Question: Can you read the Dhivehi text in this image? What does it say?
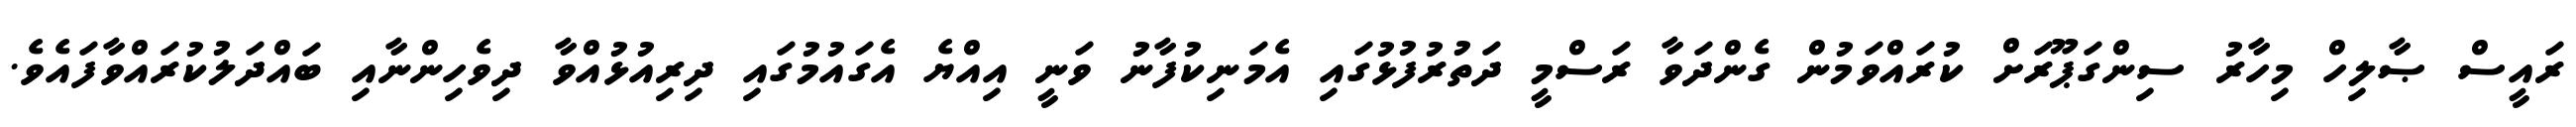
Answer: ރައީސް ޞާލިހް މިހާރު ސިންގަޕޫރަށް ކުރައްވަމުން ގެންދަވާ ރަސްމީ ދަތުރުފުޅުގައި އެމަނިކުފާނު ވަނީ އިއްޔެ އެގައުމުގައި ދިރިއުޅުއްވާ ދިވެހިންނާއި ބައްދަލުކުރައްވާފައެވެ.